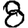
Digit: 8